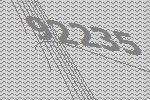
92235